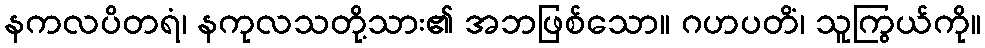
နကလပိတရံ၊ နကုလသတို့သား၏ အဘဖြစ်သော။ ဂဟပတိံ၊ သူကြွယ်ကို။